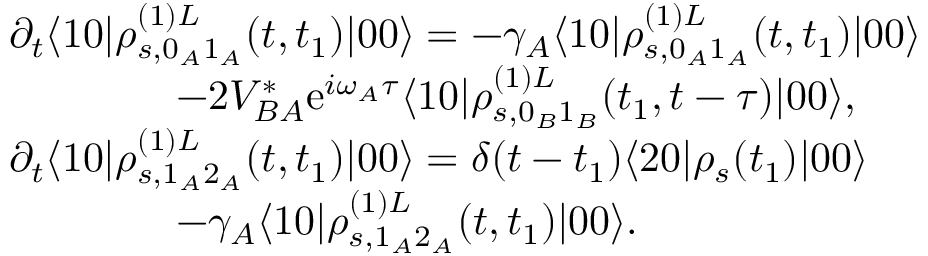
\begin{array} { r l } & { \partial _ { t } \langle 1 0 | \rho _ { s , 0 _ { A } 1 _ { A } } ^ { ( 1 ) L } ( t , t _ { 1 } ) | 0 0 \rangle = - \gamma _ { A } \langle 1 0 | \rho _ { s , 0 _ { A } 1 _ { A } } ^ { ( 1 ) L } ( t , t _ { 1 } ) | 0 0 \rangle } \\ & { \qquad \qquad - 2 V _ { B A } ^ { * } \mathrm { e } ^ { i \omega _ { A } \tau } \langle 1 0 | \rho _ { s , 0 _ { B } 1 _ { B } } ^ { ( 1 ) L } ( t _ { 1 } , t - \tau ) | 0 0 \rangle , } \\ & { \partial _ { t } \langle 1 0 | \rho _ { s , 1 _ { A } 2 _ { A } } ^ { ( 1 ) L } ( t , t _ { 1 } ) | 0 0 \rangle = \delta ( t - t _ { 1 } ) \langle 2 0 | \rho _ { s } ( t _ { 1 } ) | 0 0 \rangle } \\ & { \qquad \qquad - \gamma _ { A } \langle 1 0 | \rho _ { s , 1 _ { A } 2 _ { A } } ^ { ( 1 ) L } ( t , t _ { 1 } ) | 0 0 \rangle . } \end{array}